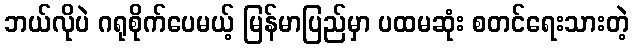
ဘယ်လိုပဲ ဂရုစိုက်ပေမယ့် မြန်မာပြည်မှာ ပထမဆုံး စတင်ရေးသားတဲ့